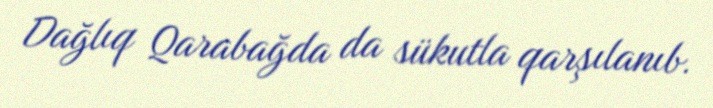
Dağlıq Qarabağda da sükutla qarşılanıb.